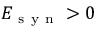
E _ { \mathrm { ~ s ~ y ~ n ~ } } > 0